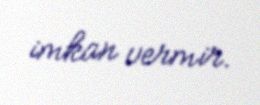
imkan vermir.